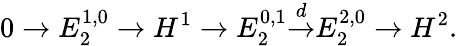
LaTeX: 0\to E_{2}^{1,0}\to H^{1}\to E_{2}^{0,1}{\overset{d}{\to}}E_{2}^{2,0}\to H^{2}.